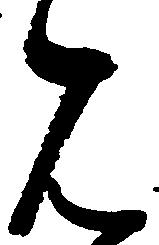
見